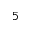
^ 5